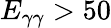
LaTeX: E_{\gamma\gamma}>50